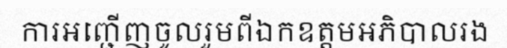
ការអញ្ជើញចូលរួមពីឯកឧត្តមអភិបាលរង